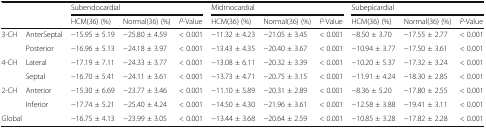
<table><thead><tr><td rowspan="2" colspan="2"></td><td colspan="3"><b>Subendocardial</b></td><td colspan="3"><b>Midmocardial</b></td><td colspan="3"><b>Subepicardial</b></td></tr><tr><td><b>HCM(36) (%)</b></td><td><b>Normal(36) (%)</b></td><td><b><i>P</i>-Value</b></td><td><b>HCM(36) (%)</b></td><td><b>Normal(36) (%)</b></td><td><b><i>P</i>-Value</b></td><td><b>HCM(36) (%)</b></td><td><b>Normal(36) (%)</b></td><td><b><i>P</i>-Value</b></td></tr></thead><tbody><tr><td rowspan="2">3-CH</td><td>AnterSeptal</td><td>−15.95 ± 5.19</td><td>−25.80 ± 4.59</td><td>&lt; 0.001</td><td>−11.32 ± 4.23</td><td>−21.05 ± 3.45</td><td>&lt; 0.001</td><td>−8.50 ± 3.70</td><td>−17.55 ± 2.77</td><td>&lt; 0.001</td></tr><tr><td>Posterior</td><td>−16.96 ± 5.13</td><td>−24.18 ± 3.97</td><td>&lt; 0.001</td><td>−13.43 ± 4.35</td><td>−20.40 ± 3.67</td><td>&lt; 0.001</td><td>−10.94 ± 3.77</td><td>−17.50 ± 3.61</td><td>&lt; 0.001</td></tr><tr><td rowspan="2">4-CH</td><td>Lateral</td><td>−17.19 ± 7.11</td><td>−24.33 ± 3.77</td><td>&lt; 0.001</td><td>−13.08 ± 6.11</td><td>−20.32 ± 3.39</td><td>&lt; 0.001</td><td>−10.20 ± 5.37</td><td>−17.32 ± 3.24</td><td>&lt; 0.001</td></tr><tr><td>Septal</td><td>−16.70 ± 5.41</td><td>−24.11 ± 3.61</td><td>&lt; 0.001</td><td>−13.73 ± 4.71</td><td>−20.75 ± 3.15</td><td>&lt; 0.001</td><td>−11.91 ± 4.24</td><td>−18.30 ± 2.85</td><td>&lt; 0.001</td></tr><tr><td>2-CH</td><td>Anterior</td><td>−15.30 ± 6.69</td><td>−23.77 ± 3.46</td><td>&lt; 0.001</td><td>−11.10 ± 5.89</td><td>−20.31 ± 2.89</td><td>&lt; 0.001</td><td>−8.36 ± 5.20</td><td>−17.80 ± 2.55</td><td>&lt; 0.001</td></tr><tr><td></td><td>Inferior</td><td>−17.74 ± 5.21</td><td>−25.40 ± 4.24</td><td>&lt; 0.001</td><td>−14.50 ± 4.30</td><td>−21.96 ± 3.61</td><td>&lt; 0.001</td><td>−12.58 ± 3.88</td><td>−19.41 ± 3.11</td><td>&lt; 0.001</td></tr><tr><td colspan="2">Global</td><td>−16.75 ± 4.13</td><td>−23.99 ± 3.05</td><td>&lt; 0.001</td><td>−13.44 ± 3.68</td><td>−20.64 ± 2.59</td><td>&lt; 0.001</td><td>−10.85 ± 3.28</td><td>−17.82 ± 2.28</td><td>&lt; 0.001</td></tr></tbody></table>